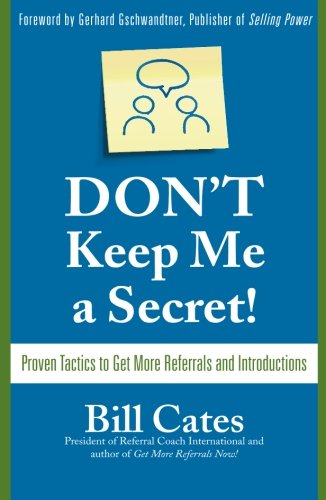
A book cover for Don't Keep Me A Secret: Proven Tactics to Get Referrals and Introductions; Bill Cates; Business & Money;